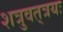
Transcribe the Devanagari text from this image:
शत्रुवत्‌त्रयः